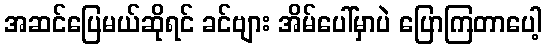
အဆင်ပြေမယ်ဆိုရင် ခင်ဗျား အိမ်ပေါ်မှာပဲ ပြောကြတာပေါ့